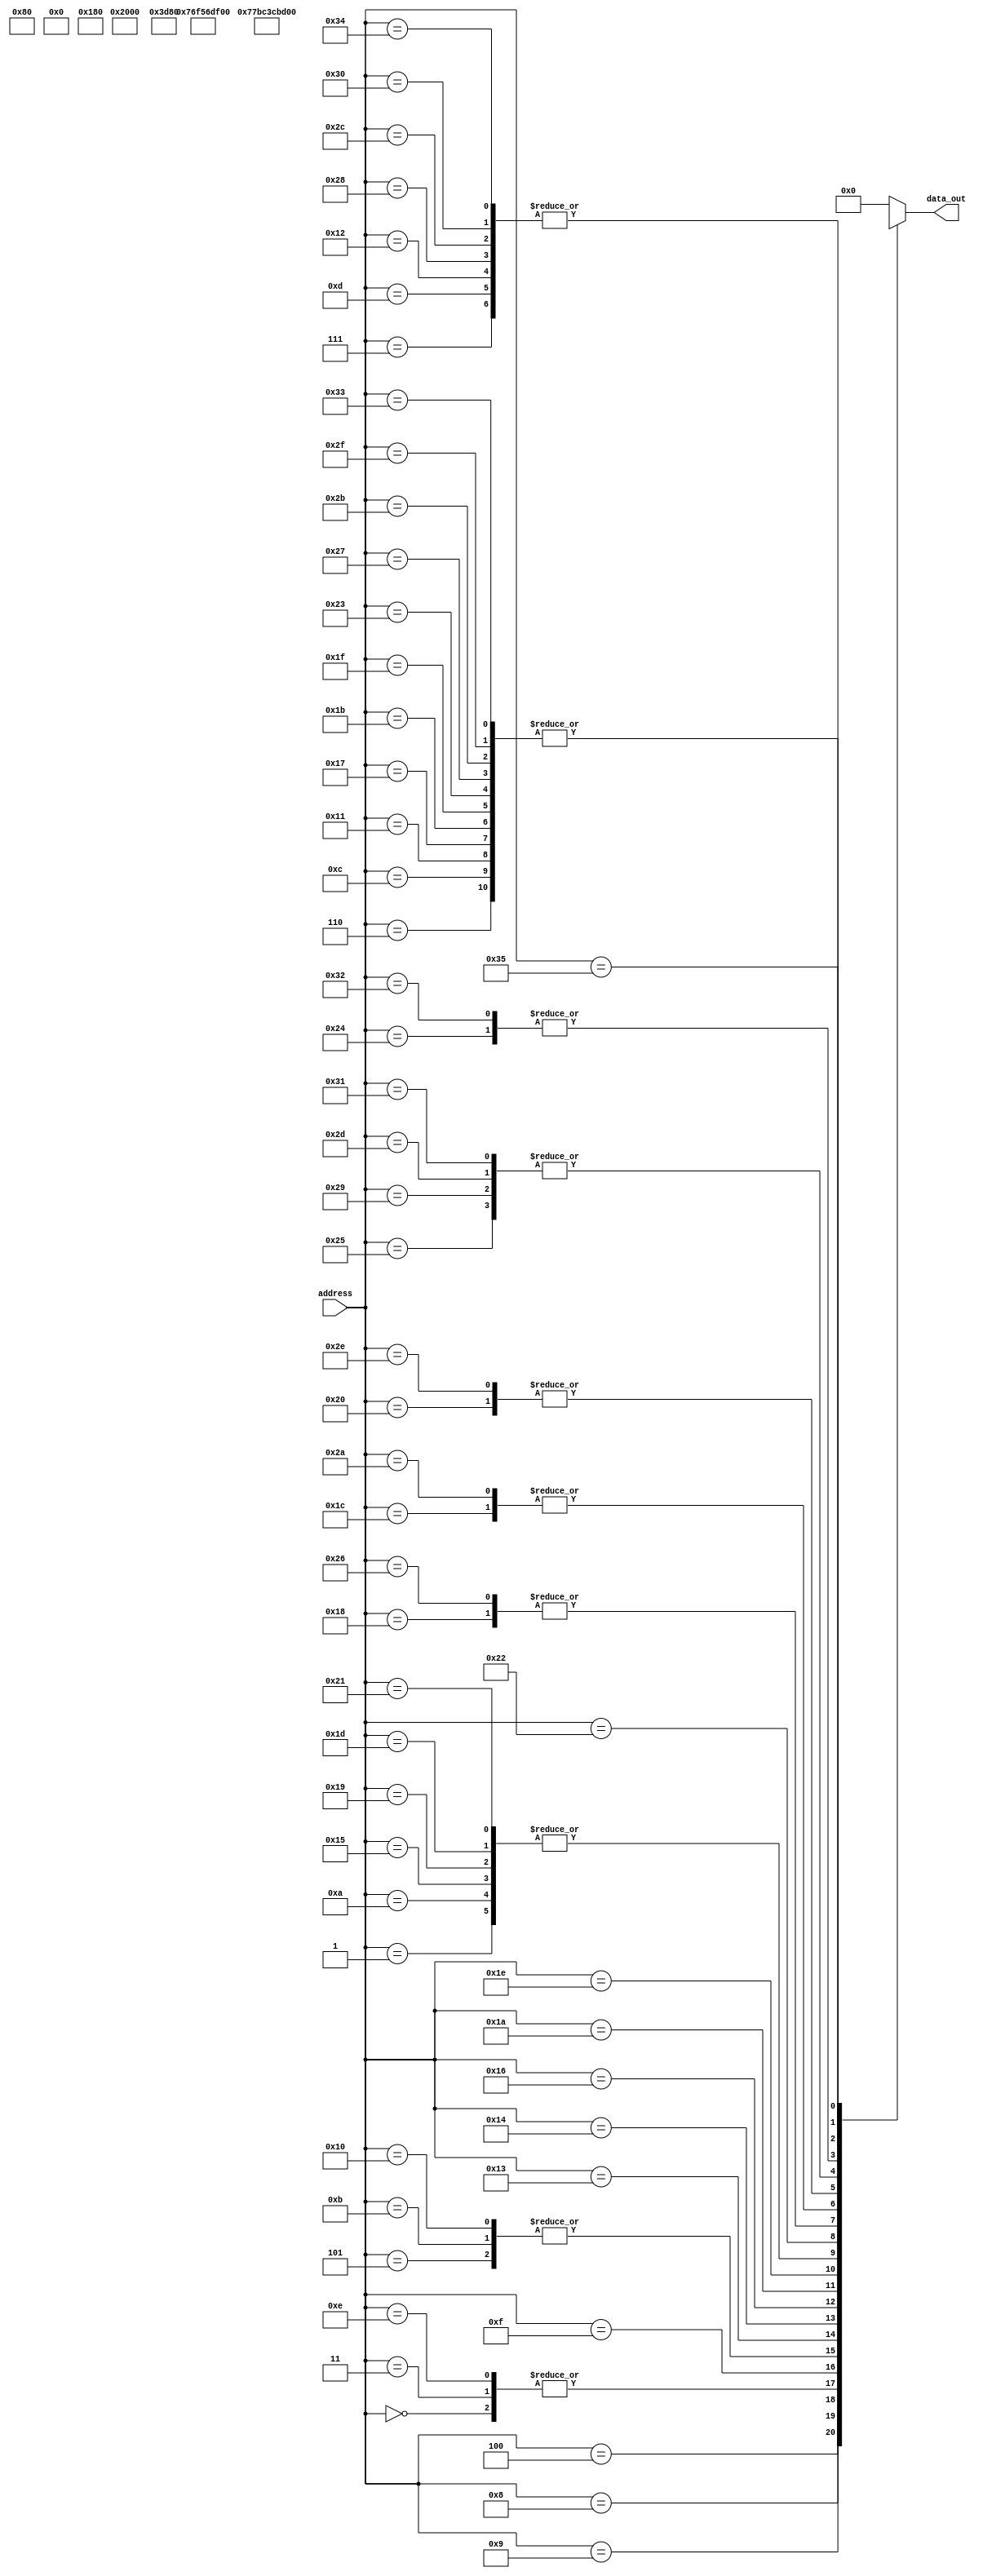
module demo_rom_64B(
    //Input Addr
    input wire [5:0] address,

    //Output Data
    output reg [7:0] data_out
);
    always @(address)
        case(address)
            6'h00:   data_out = _NOP;        //First istr is a NOP
            6'h01:   data_out = _LDA_IMM;    //Make sure A is zero
            6'h02:   data_out = 0;
            6'h03:   data_out = _NOP;        //NOP is the START of the LOOP0
            6'h04:   data_out = _ADD_IMM;    //ADD 1 to A
            6'h05:   data_out = 1;
            6'h06:   data_out = _STA_DIR;    //Write this value to 0x40
            6'h07:   data_out = 8'h40;
            6'h08:   data_out = _BNE_DIR;    //Keep branching to LOOP0 until we roll over to 0
            6'h09:   data_out = 8'h03;

            6'h0A:   data_out = _LDA_IMM;    //Load a 1 into A
            6'h0B:   data_out = 1;
            6'h0C:   data_out = _STA_DIR;    //Write this value to 0x40
            6'h0D:   data_out = 8'h40;
            6'h0E:   data_out = _NOP;        //NOP is the START of the LOOP1
            6'h0F:   data_out = _LSL_IMM;    //Shift A left by 1
            6'h10:   data_out = 1;
            6'h11:   data_out = _STA_DIR;    //Write this value to 0x40
            6'h12:   data_out = 8'h40;
            6'h13:   data_out = _BPL_DIR;    //Keep branching to LOOP1 until we hit 0b10000000
            6'h14:   data_out = 8'h0E;

            6'h15:   data_out = _LDA_IMM;    //Load DEADBEEF into RAM
            6'h16:   data_out = 8'hDE;
            6'h17:   data_out = _STA_DIR;
            6'h18:   data_out = 8'h78;
            6'h19:   data_out = _LDA_IMM;
            6'h1A:   data_out = 8'hAD;
            6'h1B:   data_out = _STA_DIR;
            6'h1C:   data_out = 8'h79;
            6'h1D:   data_out = _LDA_IMM;
            6'h1E:   data_out = 8'hBE;
            6'h1F:   data_out = _STA_DIR;
            6'h20:   data_out = 8'h7A;
            6'h21:   data_out = _LDA_IMM;
            6'h22:   data_out = 8'hEF;
            6'h23:   data_out = _STA_DIR;
            6'h24:   data_out = 8'h7B;

            6'h25:   data_out = _LDA_DIR;    //READ out the contents of RAM
            6'h26:   data_out = 8'h78;
            6'h27:   data_out = _STA_DIR;    //Write this value to 0x40
            6'h28:   data_out = 8'h40;
            6'h29:   data_out = _LDA_DIR;    //READ out the contents of RAM
            6'h2A:   data_out = 8'h79;
            6'h2B:   data_out = _STA_DIR;    //Write this value to 0x40
            6'h2C:   data_out = 8'h40;
            6'h2D:   data_out = _LDA_DIR;    //READ out the contents of RAM
            6'h2E:   data_out = 8'h7A;
            6'h2F:   data_out = _STA_DIR;    //Write this value to 0x40
            6'h30:   data_out = 8'h40;
            6'h31:   data_out = _LDA_DIR;    //READ out the contents of RAM
            6'h32:   data_out = 8'h7B;
            6'h33:   data_out = _STA_DIR;    //Write this value to 0x40
            6'h34:   data_out = 8'h40;

            6'h35:   data_out = _JMP_DIR;    //Start the whole thing over!
            6'h36:   data_out = 8'h00;

            default: data_out = 0;           //Unused space
        endcase
endmodule